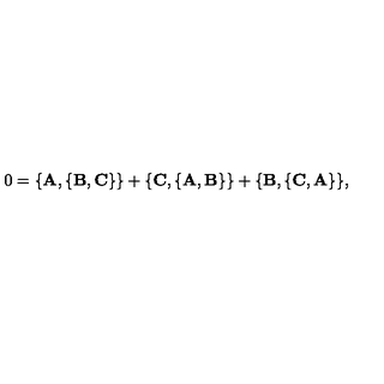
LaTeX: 0 = \{ { \bf A } , \{ { \bf B } , { \bf C } \} \} + \{ { \bf C } , \{ { \bf A } , { \bf B } \} \} + \{ { \bf B } , \{ { \bf C } , { \bf A } \} \} ,